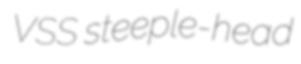
VSS steeple-head